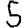
Digit: 5